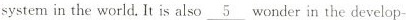
system in the world.It is also\underline{5} wonder in the develop-